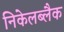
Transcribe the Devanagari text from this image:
निकेलब्लैक